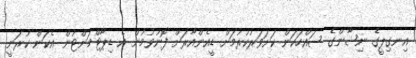
އިނގިލީގެ ނިޝާންގެ ސައްހަކަން ކަށަވަރުކުރުމަށް ޑީއެންއާރަށް ފޮނުވުމުން އެ ޑިޕާޓްމަންޓުން އެކަން ކުރަނީ